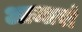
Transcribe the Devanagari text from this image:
आजारां